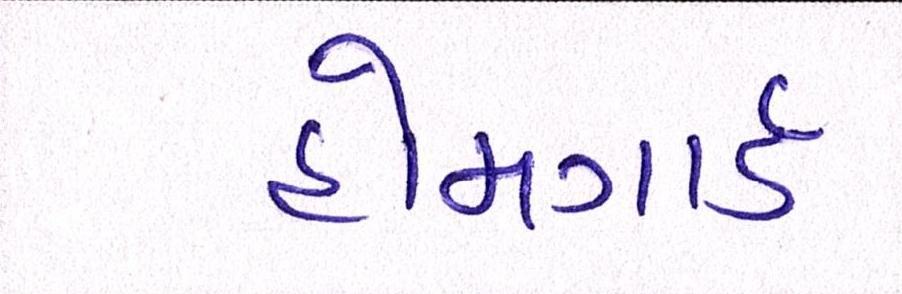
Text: હોમગાર્ડ